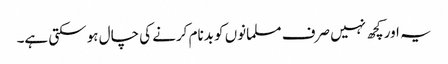
یہ اور کچھ نہیں صرف مسلمانوں کو بدنام کرنے کی چال ہو سکتی ہے۔